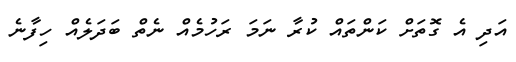
އަދި އެ ގޮތަށް ކަންތައް ކުރާ ނަމަ ރަހުމެއް ނެތް ބަދަލެއް ހިފާނެ